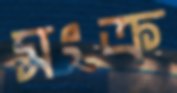
সংক্র